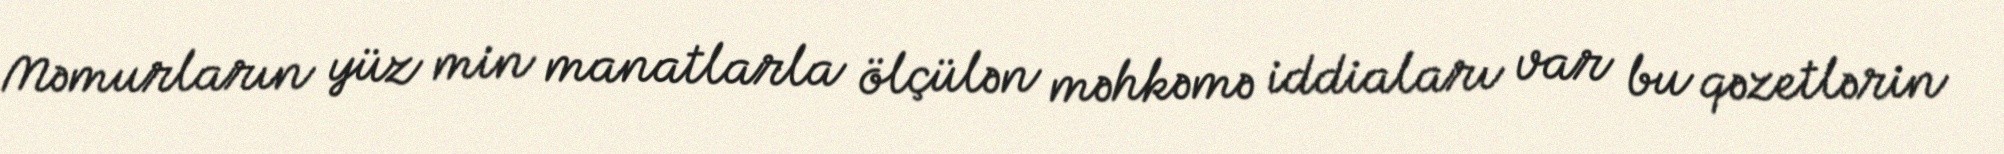
Məmurların yüz min manatlarla ölçülən məhkəmə iddiaları var bu qəzetlərin